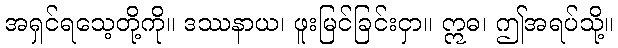
အရှင်ရသေ့တို့ကို။ ဒဿနာယ၊ ဖူးမြင်ခြင်းငှာ။ ဣဓ၊ ဤအရပ်သို့။